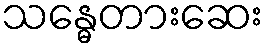
သန္ဓေတားဆေး